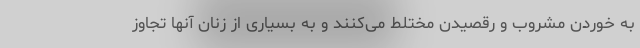
به خوردن مشروب و رقصیدن مختلط می‌کنند و به بسیاری از زنان آنها تجاوز